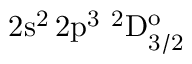
\mathrm { 2 s ^ { 2 } \, 2 p ^ { 3 } ~ ^ { 2 } D _ { 3 / 2 } ^ { o } }